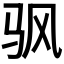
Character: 𬳳